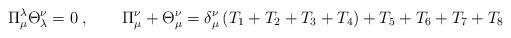
LaTeX: \begin{align*}\Pi _{\mu }^{\lambda }\Theta _{\lambda }^{\nu }=0\;,\qquad \Pi _{\mu }^{\nu}+\Theta _{\mu }^{\nu }=\delta _{\mu }^{\nu }\left(T_{1}+T_{2}+T_{3}+T_{4}\right) +T_{5}+T_{6}+T_{7}+T_{8}\end{align*}